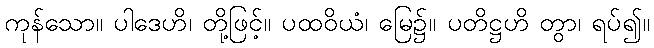
ကုန်သော။ ပါဒေဟိ၊ တို့ဖြင့်။ ပထဝိယံ၊ မြေ၌။ ပတိဋ္ဌဟိ တွာ၊ ရပ်၍။